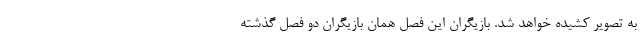
به تصویر کشیده خواهد شد. بازیگران این فصل همان بازیگران دو فصل گذشته